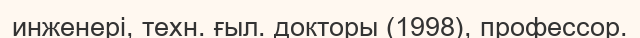
инженері, техн. ғыл. докторы (1998), профессор.